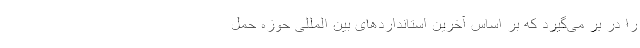
را در بر مى‌گیرد که بر اساس آخرین استانداردهاى بین المللى حوزه حمل